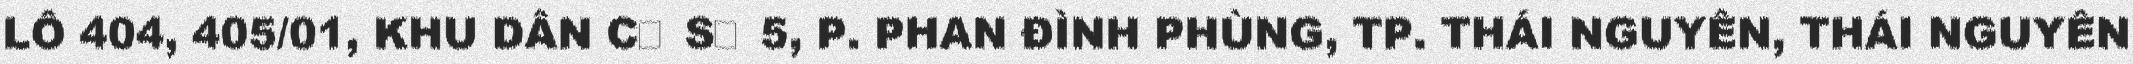
LÔ 404, 405/01, KHU DÂN CƯ SỐ 5, P. PHAN ĐÌNH PHÙNG, TP. THÁI NGUYÊN, THÁI NGUYÊN